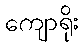
ကျောရိုး